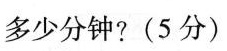
多少分钟?(5分)